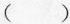
( )